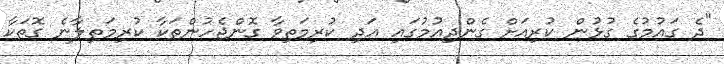
"ދެ ގައުމުގެ ގުޅުން ކުރިއަށް ގެންދިއުމުގައި އަދި ކުރިމަތިވާ ގޮންޖެހުންތަކާ ކުރިމަތިލާނެ ގޮތަކާ